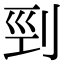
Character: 剄